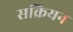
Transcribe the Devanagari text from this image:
सक्रियन